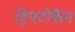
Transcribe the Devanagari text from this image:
ट्रिपटोफैन